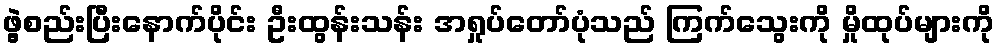
ဖွဲ့စည်းပြီးနောက်ပိုင်း ဦးထွန်းသန်း အရှုပ်တော်ပုံသည် ကြက်သွေးကို မှိုထုပ်များကို